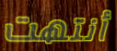
أنتهت